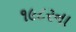
૧૯૮૨ના